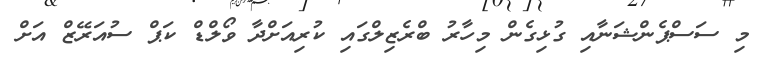
މި ސަސްޕެންޝަނާއި ގުޅިގެން މިހާރު ބްރެޒިލްގައި ކުރިއަށްދާ ވޯލްޑް ކަޕް ސުއަރޭޒް އަށް